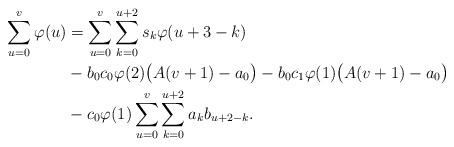
LaTeX: \begin{align*}\sum_{u=0}^{v}\varphi(u)&=\sum_{u=0}^{v}\sum_{k=0}^{u+2}s_k\varphi (u+3-k)\\&-b_0c_0\varphi(2) \bigl({A}(v+1)-a_0\bigr) -b_0c_1\varphi(1) \bigl({A}(v+1)-a_0\bigr)\\&-c_0\varphi (1)\sum_{u=0}^{v}\sum_{k=0}^{u+2}a_k b_{u+2-k}.\end{align*}